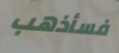
فسأذهب